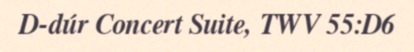
D-dúr Concert Suite, TWV 55:D6